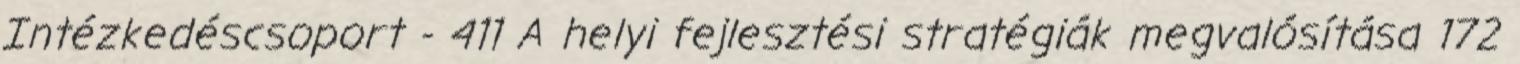
Intézkedéscsoport - 411 A helyi fejlesztési stratégiák megvalósítása 172